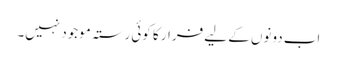
اب دونوں کے لیے فرار کا کوئی رستہ موجود نہیں۔